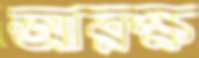
আরক্ষ